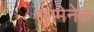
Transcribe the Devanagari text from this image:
एलमेनेक